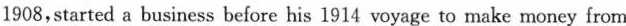
1908,started a business before his 1914 voyage to make money from